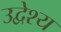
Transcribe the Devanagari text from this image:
उद्वेश्‍य